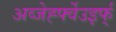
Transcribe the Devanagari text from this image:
अव्जेर्ह्फ्वेउइर्फ्